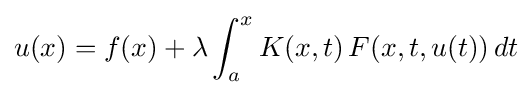
u(x)=f(x)+\lambda \int _{a}^{x}K(x,t)\,F(x,t,u(t))\,dt